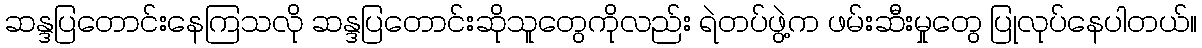
ဆန္ဒပြတောင်းနေကြသလို ဆန္ဒပြတောင်းဆိုသူတွေကိုလည်း ရဲတပ်ဖွဲ့က ဖမ်းဆီးမှုတွေ ပြုလုပ်နေပါတယ်။